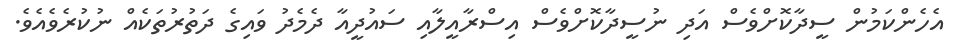
އެހެންކަމުން ސީދާކޮށްވެސް އަދި ނުސީދާކޮށްވެސް އިސްރާއީލާއި ސައުދީއާ ދެމެދު ވައިގެ ދަތުރުތަކެއް ނުކުރެވެއެވެ.